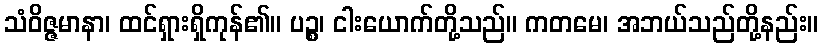
သံဝိဇ္ဇမာနာ၊ ထင်ရှားရှိကုန်၏။ ပဉ္စ၊ ငါးယောက်တို့သည်။ ကတမေ၊ အဘယ်သည်တို့နည်း။